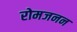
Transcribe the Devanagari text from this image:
रोमजनन